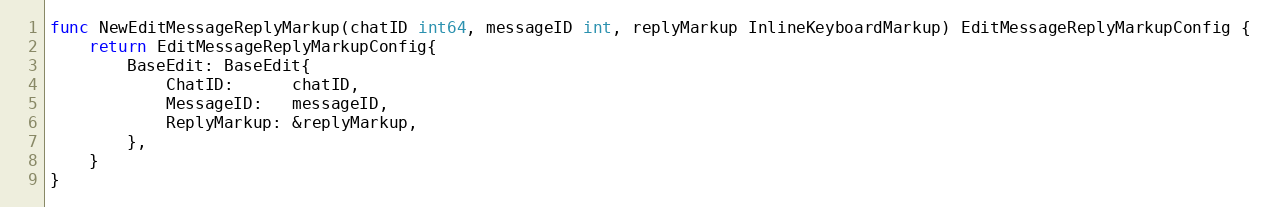
Language: Go
func NewEditMessageReplyMarkup(chatID int64, messageID int, replyMarkup InlineKeyboardMarkup) EditMessageReplyMarkupConfig {
	return EditMessageReplyMarkupConfig{
		BaseEdit: BaseEdit{
			ChatID:      chatID,
			MessageID:   messageID,
			ReplyMarkup: &replyMarkup,
		},
	}
}